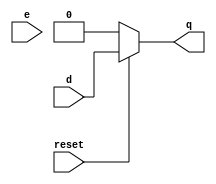
module dlatch(input d, input e,input reset,output reg q);
always@(e or reset)
if(!reset) begin
q=0;
end
else
begin
q<=d;
end
endmodule